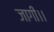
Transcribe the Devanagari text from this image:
जागी।।